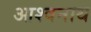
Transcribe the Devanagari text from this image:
आश्वनाथ